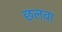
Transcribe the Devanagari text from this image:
छलवा